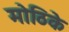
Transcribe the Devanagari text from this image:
मोठिके